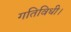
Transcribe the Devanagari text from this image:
गतिविधी।